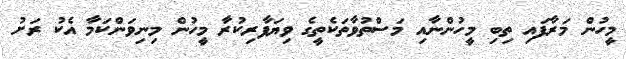
މީހުން މަރާފައި ތިބި މީހުންނާއި މަސްތުވާތަކެތީގެ ވިޔަފާރިކުރާ މީހުން މިނިވަންކަމާ އެކު ރަށު